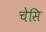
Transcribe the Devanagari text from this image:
चेसि